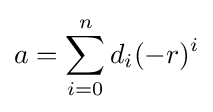
a=\sum _{i=0}^{n}d_{i}(-r)^{i}